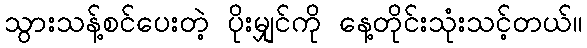
သွားသန့်စင်ပေးတဲ့ ပိုးမျှင်ကို နေ့တိုင်းသုံးသင့်တယ်။